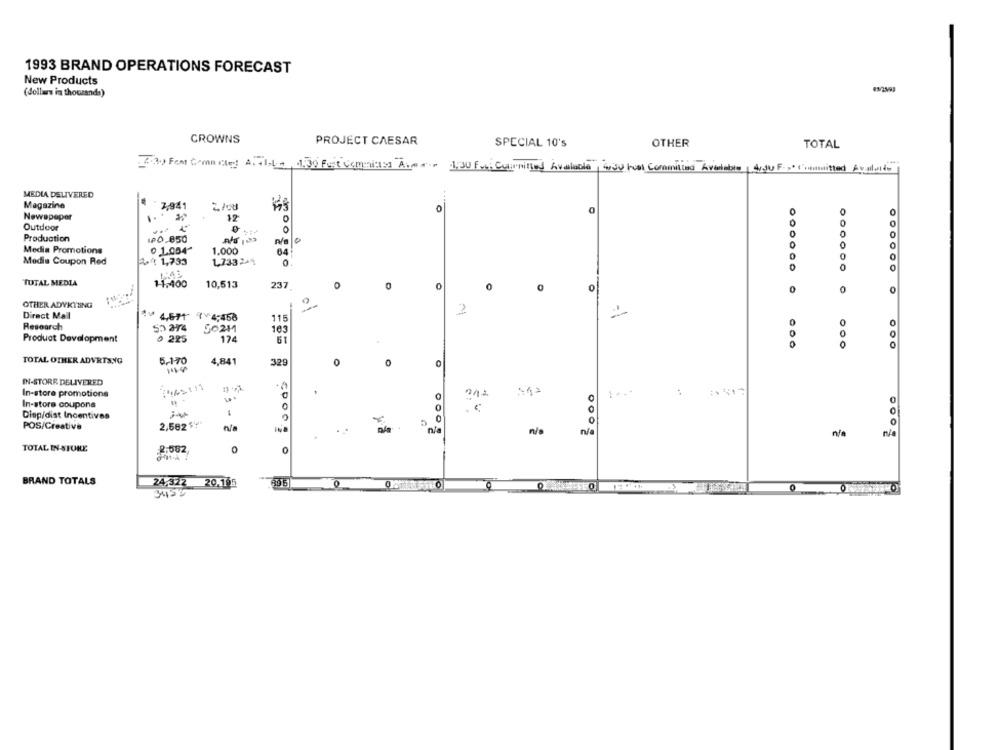
1993 BRAND OPERATIONS FORECAST
New Products
(dollars in thousands)
CROWNS
PROJECT CAESAR
SPECIAL 10's
OTHER
TOTAL
403) Fem Come Cted 4.71-Le, 1.30 Foot Companies A .... 1:30 Fvt, Cuirnitte Available, 430 kcal Committed Available diJu F Committed Avaliando
MEDIA DELIVERED
Magazine
7,941
0
Newspaper
12
O
O
Outdoor
Production
1PO.850
0
0
Media Promotions
0 1.004ª
1.000
64
Media Coupon Red
At 1,733
1.733244
0
0
TOTAL MEDIA
11.400
10,513
237
0
0
0
0
0
0
OTHER ADYKYUNG
Direct Mail
2
:4571 ×4:458
115
Research
53 274
50211
163
Product Development
0 225
174
51
TOTAL OTHER ADVRTANG
5 .- 170
4,841
329
IN-STORE DELIVERED
In-store promotions
1
In-store coupons
0
0
0
0
Diep/dist Incentives
0
POS/Creative
2,582 ***
n/a
n/a
0009
n/a
TOTAL IN-STORE
2.582
0
BRAND TOTALS
24.322
20,155
0